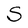
Character: S